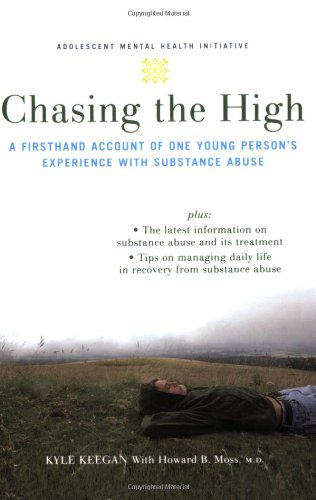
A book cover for Chasing the High: A Firsthand Account of One Young Person's Experience with Substance Abuse (Annenberg Foundation Trust at Sunnylands' Adolescent Mental Health Initiative); Kyle Keegan; Health, Fitness & Dieting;